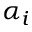
\alpha _ { i }